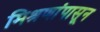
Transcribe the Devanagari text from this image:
मिश्रणांपासून